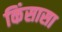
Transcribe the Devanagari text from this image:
किंसासा